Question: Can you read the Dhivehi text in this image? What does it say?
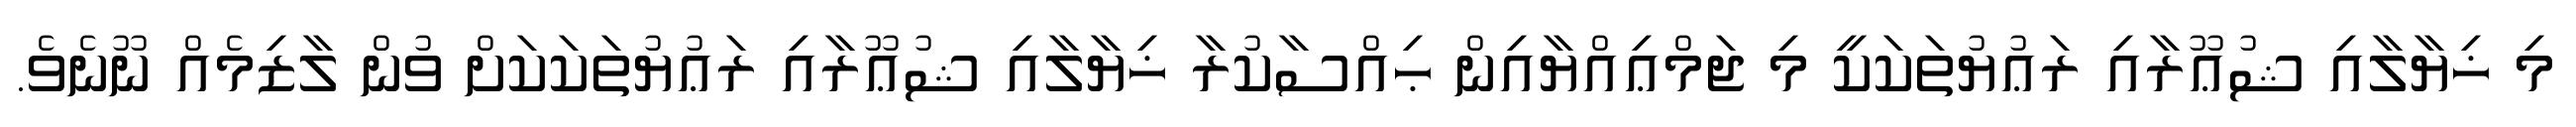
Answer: މި ޚިޔާލާއި ޝުޢޫރާއި ރަޢުޔުތަކަކީ މި ޖަމްޢިއްޔާއިން ޙިއްސާކުރާ ޚިޔާލާއި ޝުޢޫރާއި ރަޢުޔުތަކަކަށް ވުން ލާޒިމެއް ނޫނެވެ.